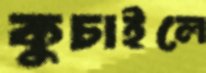
কুচাইলে